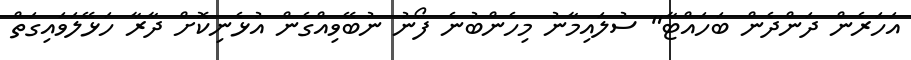
އަހަރެން ދަންދެން ބަހައްޓާ" ސުލައިމާނު މިހެންބުނެ ފޯނު ނުބޭވިއްގެން އުޅެނިކޮށް ދާރާ ހަޅޭލަވައިގަތް